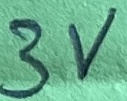
Text: 3V